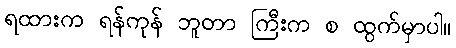
ရထားက ရန်ကုန် ဘူတာ ကြီးက စ ထွက်မှာပါ။